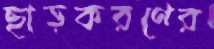
ছাড়করণের